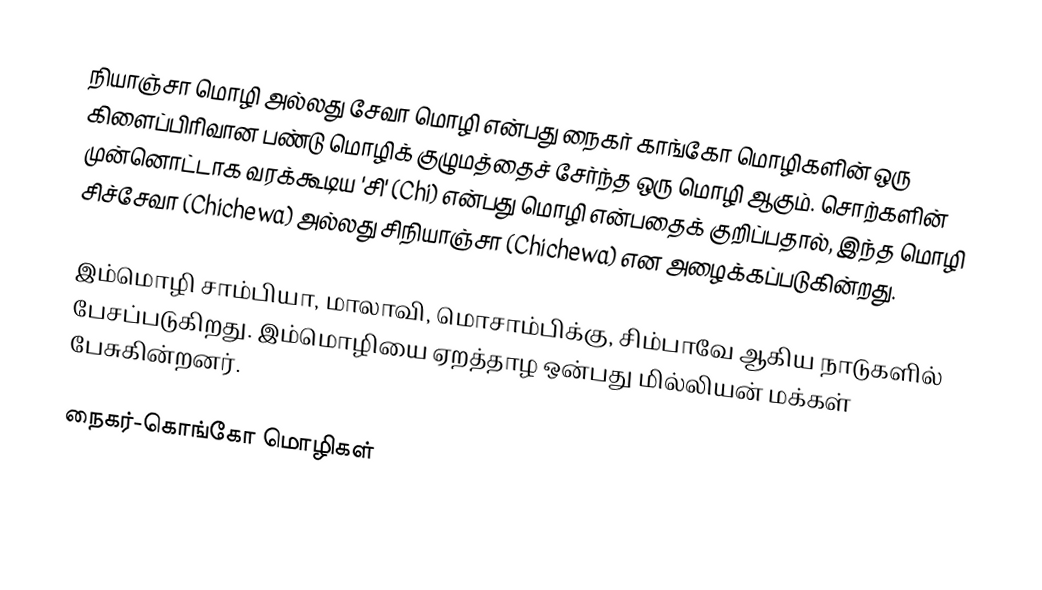
நியாஞ்சா மொழி அல்லது சேவா மொழி என்பது நைகர் காங்கோ மொழிகளின் ஒரு கிளைப்பிரிவான பண்டு மொழிக் குழுமத்தைச் சேர்ந்த ஒரு மொழி ஆகும். சொற்களின் முன்னொட்டாக வரக்கூடிய 'சி' (Chi) என்பது மொழி என்பதைக் குறிப்பதால், இந்த மொழி சிச்சேவா (Chichewa) அல்லது சிநியாஞ்சா (Chichewa) என அழைக்கப்படுகின்றது.

இம்மொழி சாம்பியா, மாலாவி, மொசாம்பிக்கு, சிம்பாவே ஆகிய நாடுகளில் பேசப்படுகிறது. இம்மொழியை ஏறத்தாழ ஒன்பது மில்லியன் மக்கள் பேசுகின்றனர்.

நைகர்-கொங்கோ மொழிகள்